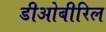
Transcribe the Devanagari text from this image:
डीओबीरिल